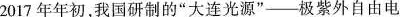
2017年年初，我国研制的”大连光源”--极紫外自由电